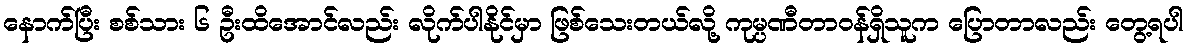
နောက်ပြီး စစ်သား ၆ ဦးထိအောင်လည်း လိုက်ပါနိုင်မှာ ဖြစ်သေးတယ်လို့ ကုမ္ပဏီတာဝန်ရှိသူက ပြောတာလည်း တွေ့ရပါ